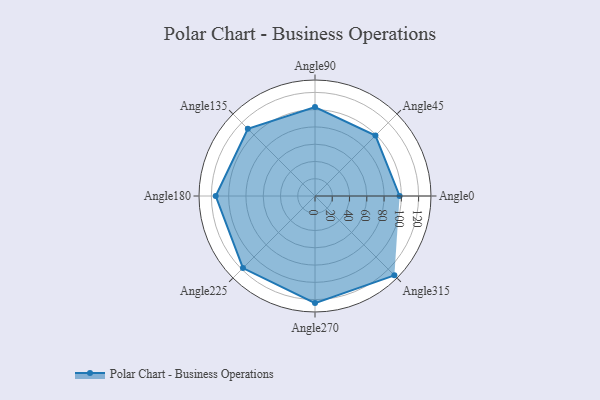
{"axis": {"x": "Angle", "y": "Radius"}, "legend": [""], "data": [{"x": "Angle0", "y": 98.0, "type": ""}, {"x": "Angle45", "y": 99.0, "type": ""}, {"x": "Angle90", "y": 103.0, "type": ""}, {"x": "Angle135", "y": 110.0, "type": ""}, {"x": "Angle180", "y": 115.0, "type": ""}, {"x": "Angle225", "y": 118.0, "type": ""}, {"x": "Angle270", "y": 124.0, "type": ""}, {"x": "Angle315", "y": 130.0, "type": ""}]}